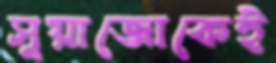
সুয়াজোকেই